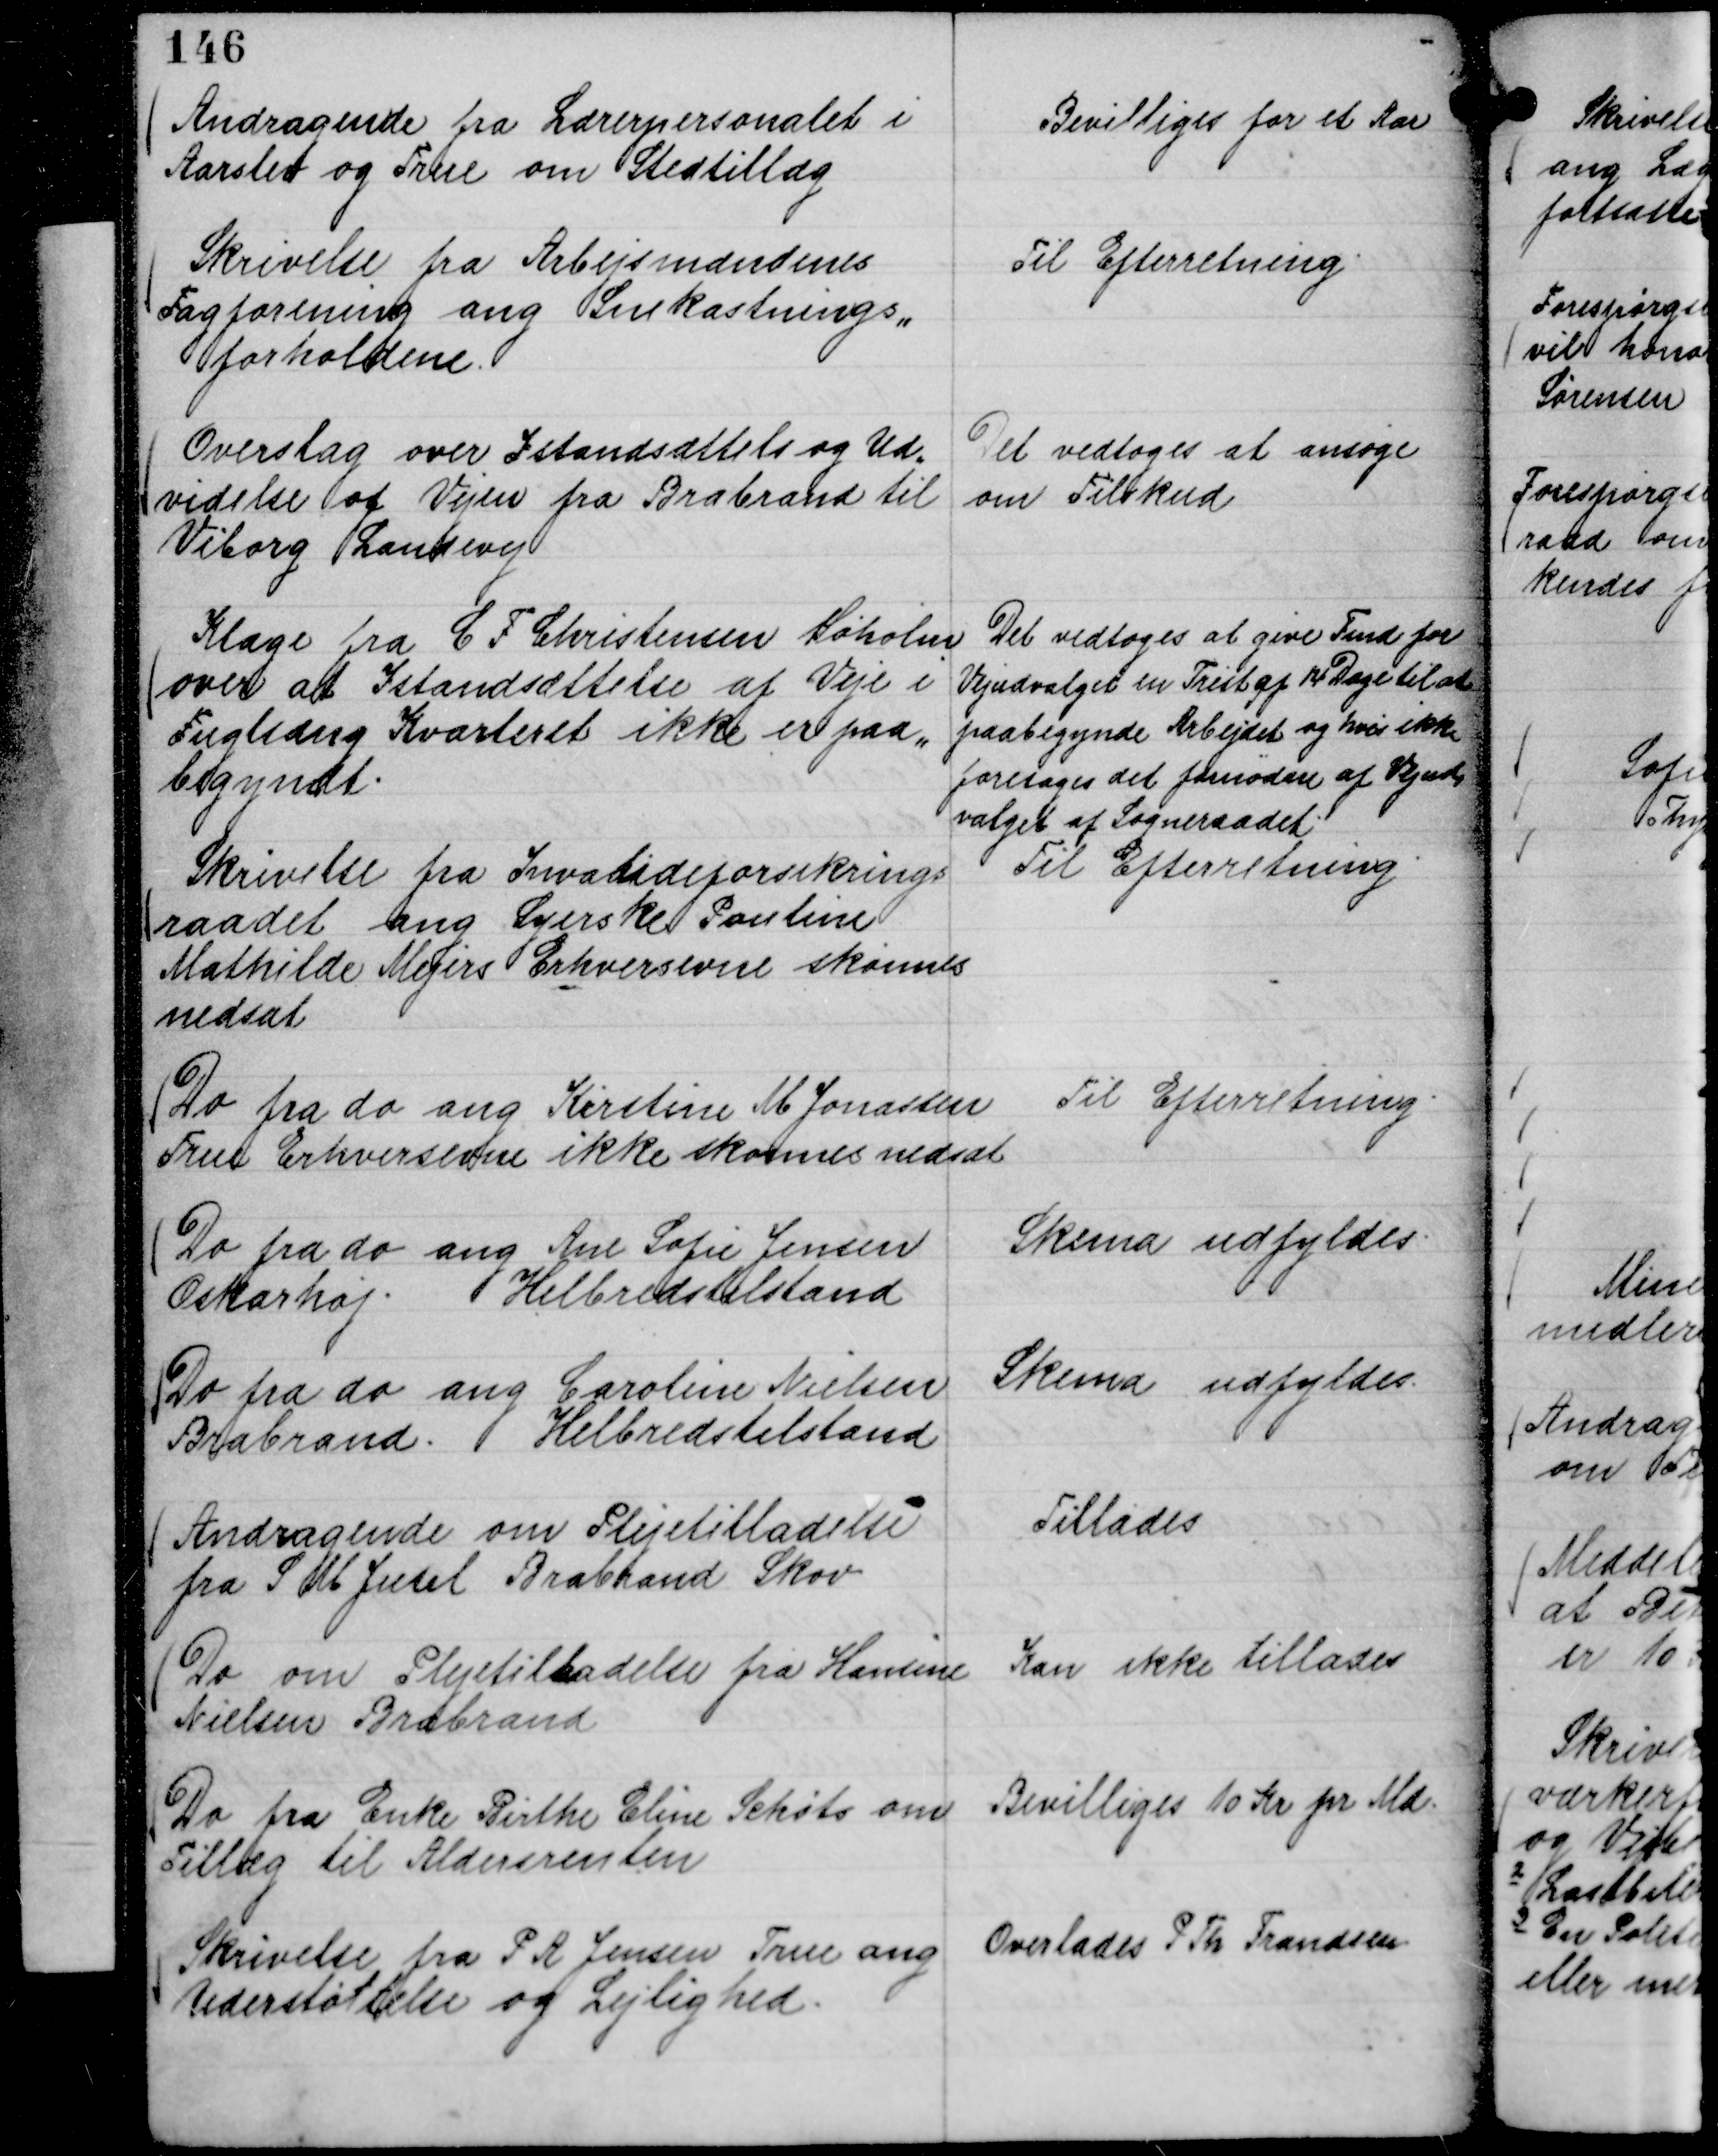
Transskription:
Andragende fra Lærerpersonalet i
Aarslev og True om Stedtillæg

Bevilliges for et Aar

Skrivelse fra Arbejsmændenes
Fagforening ang Snekastnings,,
forholdene.

Til Efterretning.

Overslag over Istandsættelse og Ud,,
videlse af Vejen fra Brabrand til
Viborg Landevej

Det vedtoges at ansøge
om Tilskud

Klage fra C F Christensen Søholm
over at Istandsættelse af Veje i
Fuglsang Kvarteret ikke er paa,,
begyndt.

Det vedtoges at give Fmd for
Vejudvalget en Frist af 14 Dage til at
paabegynde Arbejdet og hvis ikke
foretages det fornødne af Vejud,
valget af Sogneraadet.

Skrivelse fra Invalideforsikrings
raadet ang Syerske Pouline
Mathilde Mejers Erhversevne skønnes
nedsat

Til Efterretning.

Do fra do ang Kirstine M Jonassen
True Erhversevne ikke skønnes nedsat

Til Efterretning.

Do fra do ang Ane Sofie Jensen
Oskarhøj. Helbredstilstand

Skema udfyldes.

Do fra do ang Caroline Nielsen
Brabrand. Helbredstilstand

Skema udfyldes.

Andragende om Plejetilladelse
fra S M Juul Brabrand Skov

Tillades

Do om Plejetilladelse fra Hansine
Nielsen Brabrand

Kan ikke tillades

Do fra Enke Birthe Eline Schøts om
Tillæg til Aldersrenten

Bevilliges 10 Kr pr Md.

Skrivelse fra P A Jensen True ang
Understøttelse og Lejlighed.

Overlades P Th Frandsen